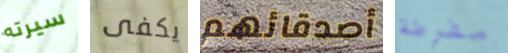
سيرته يكفى أصدقائهم مفرطة